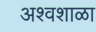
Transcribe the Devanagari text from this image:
अश्वशाळा